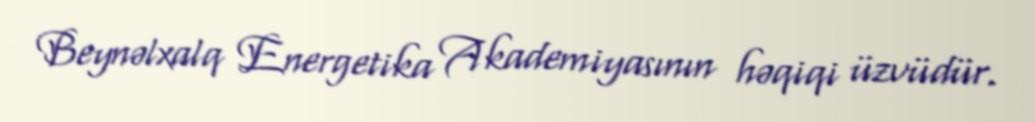
Beynəlxalq Energetika Akademiyasının həqiqi üzvüdür.